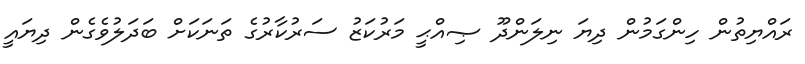
ރައްޔިތުން ހިންގަމުން ދިޔަ ނިލަންދޫ ޞިއްޙީ މަރުކަޒު ސަރުކާރުގެ ތަނަކަށް ބަދަލުވެގެން ދިޔައީ